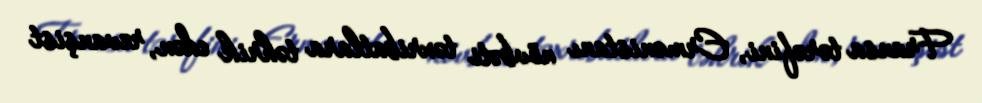
Fransa tərəfini, Ermənistanı növbəti təxribatlara təhrik edən, revanşist